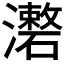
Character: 𤃏